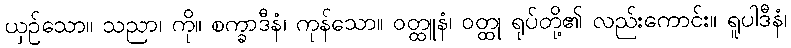
ယှဉ်သော။ သညာ၊ ကို။ စက္ခာဒီနံ၊ ကုန်သော။ ဝတ္ထူနံ၊ ဝတ္ထု ရုပ်တို့၏ လည်းကောင်း။ ရူပါဒီနံ၊